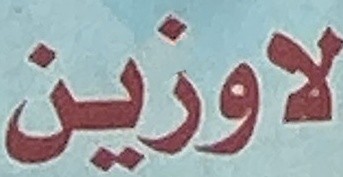
لاوزین